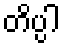
တိပ္ပါ